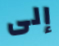
إلى